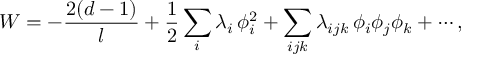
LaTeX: W = - \frac { 2 ( d - 1 ) } { l } + { \frac { 1 } { 2 } } \sum _ { i } \lambda _ { i } \, \phi _ { i } ^ { 2 } + \sum _ { i j k } \lambda _ { i j k } \, \phi _ { i } \phi _ { j } \phi _ { k } + \cdots ,